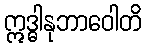
ဣဒ္ဓါနုဘာဝေါတိ